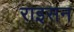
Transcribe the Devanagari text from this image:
राइसन